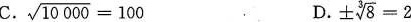
C. $$\ s q r t { 1 0 0 0 0 } = 1 0 0$$ D. $$\ p m \ s q r t [ 3 ] { 8 } = 2$$